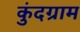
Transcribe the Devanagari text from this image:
कुंदग्राम